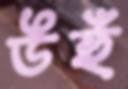
উহুঁ